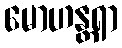
မောဟန္တရာ